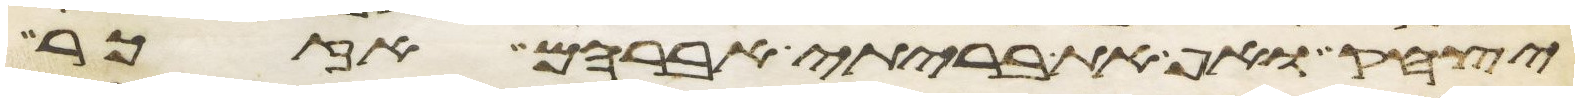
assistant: יצחק ואף את בריתי אברהם אזכר